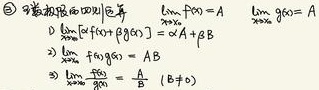
设\(\lim\limits_{x\rightarrow x_0}f(x)=A\)，\(\lim\limits_{x\rightarrow x_0}g(x)=B\)。
1) \(\lim\limits_{x\rightarrow x_0}[ \alpha f(x)+\beta g(x)]=\alpha A+\beta B\)
2) \(\lim\limits_{x\rightarrow x_0}[f(x)g(x)] = A\cdot B\)
3) \(\lim\limits_{x\rightarrow x_0}\frac{f(x)}{g(x)}=\frac{A}{B}\ (B\neq0)\)